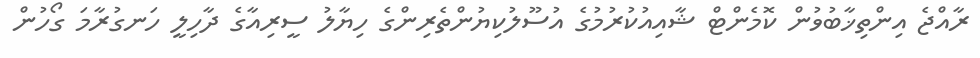
ރާއްޖެ އިންތިޚާބުވުން ކޮމެންޓް ޝާއިއުކުރުމުގެ އުސޫލުކިޔުންތެރިންގެ ހިޔާލު ސީރިއާގެ ދާހިލީ ހަނގުރާމަ ގޯހުން